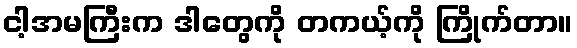
ငါ့အမကြီးက ဒါတွေကို တကယ့်ကို ကြိုက်တာ။